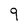
Character: 9